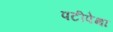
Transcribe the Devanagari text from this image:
पटीपेक्षा